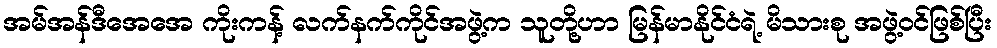
အမ်အန်ဒီအေအေ ကိုးကန့် လက်နက်ကိုင်အဖွဲ့က သူတို့ဟာ မြန်မာနိုင်ငံရဲ့ မိသားစု အဖွဲ့ဝင်ဖြစ်ပြီး